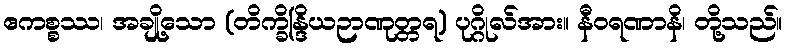
ဧကစ္စဿ၊ အချို့သော (တိက္ခိန္ဒြိယဉာဏုတ္တရ) ပုဂ္ဂိုလ်အား။ နီဝရဏာနိ၊ တို့သည်။